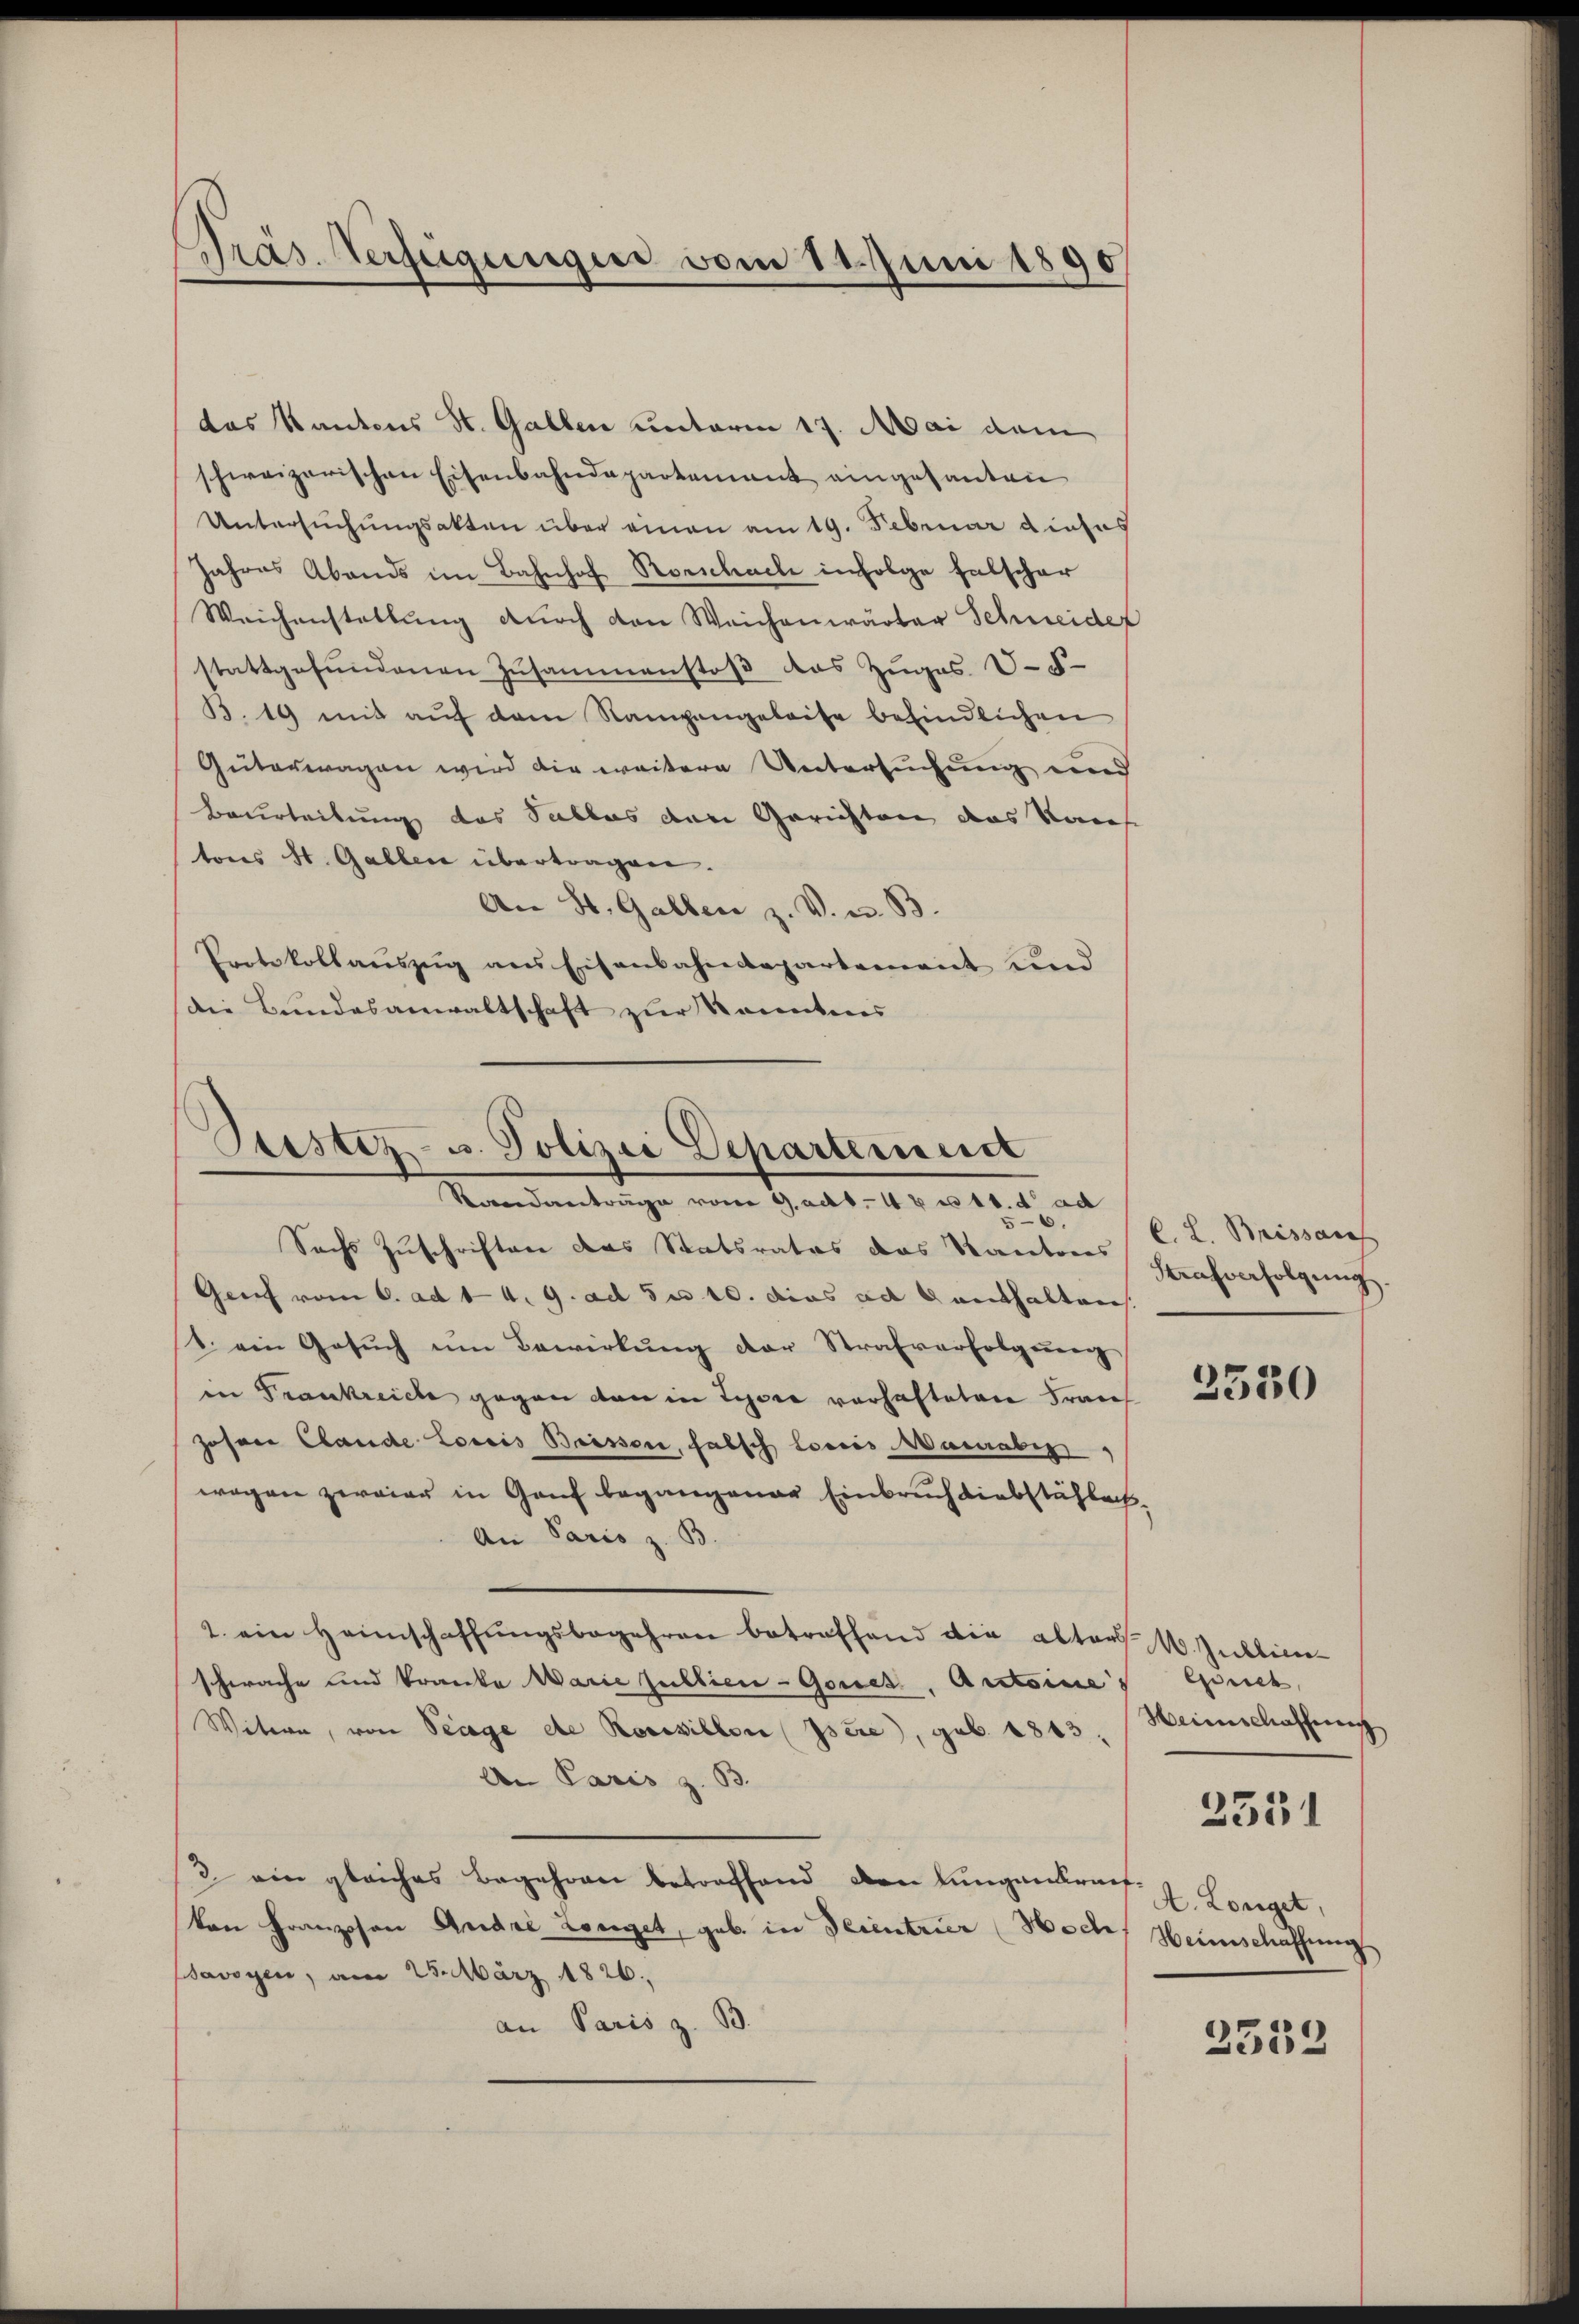
Präs. Verfügungen vom 11. Juni 1890

das Kantons St. Gallen unterm 17. Mai dem
schweizerischen Eisenbahndepartement eingesanten
Untersuchungsakten über einen am 19. Februar dieses
Jahres Abends im Bahnhof Rorschach infolge falscher
Weichenstallŭng dŭrch den Weichenwärter Schweider
stattgefŭndenen Zusammenstoβ das Zuges V.5
B.19 mit aŭf dem Nampengeleise befindlichen
Güterwagen wird die weitere Untersuchung und
Beurteilung des Subles den Gerichten das Kaise
tons St. Gallen übertragen.
An St. Gallen z. V. u. B.
Protokollaŭszŭg ans Eisenbahndepartement und
die Bundesanwaltschaft zur Kenntnis

Dtestez- u. Polizei Departement
Randantrage von Gadt.44 n 18. d. ad

Sachs Zuschriften des Statsrates das Kantons C. L. Brissanc
Genf vom 6. ad 1 4. 9. ad S. 10. dies ad enthalten.
1. ein Gesŭch ŭm Bewirkung der Strafverfolgŭng
in Frankreiche gegen den in Lysse vorhafteten Fran
zosen Claude Loris Baissen, falsch lociis Maueraber,
wegen zweier in Genf begangener Einbruch diebstählech¬
An Paris z. B.
2. ein Heimschaffŭngsbegehren betreffend die alters W. Gublic
schwache und Prante Marie sullien - Gores, Ansteine
Witern, von Trage de Rossillon Isere), geb. 1843,
An Paris z. 93.
2 ein gleiches Begehren betreffend den Lungenkraf-
kon Franzosen André Zoeget, geb. in Teintrier Hochs Heimschaffnung
Bavoyen, am 25. März 1826.
an Paris z. B.

Strafverfolgung.

3530

Gerich,
Heimschaffung
A. Longet,

2551

2333